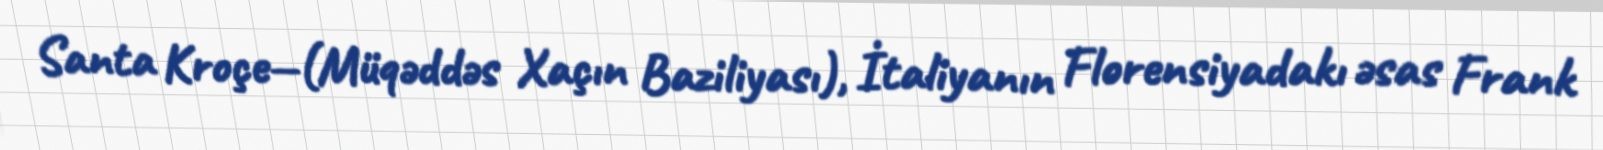
Santa Kroçe—(Müqəddəs Xaçın Baziliyası), İtaliyanın Florensiyadakı əsas Frank